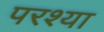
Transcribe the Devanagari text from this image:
परश्‍या